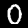
Digit: 0